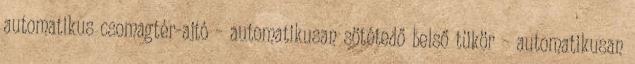
automatikus csomagtér-ajtó – automatikusan sötétedő belső tükör – automatikusan